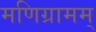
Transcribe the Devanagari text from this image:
मणिग्रामम्